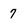
Character: 7